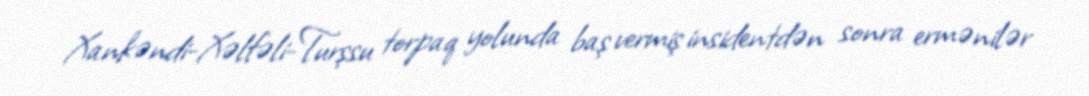
Xankəndi-Xəlfəli-Turşsu torpaq yolunda baş vermiş insidentdən sonra ermənilər